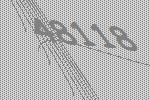
48118